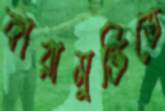
কারামুক্তিতে